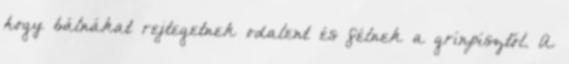
hogy bálnákat rejtegetnek odalent és félnek a grínpísztől. A